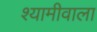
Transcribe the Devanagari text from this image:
श्यामीवाला